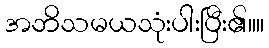
အဘိသမယသုံးပါးပြီး၏။။